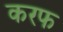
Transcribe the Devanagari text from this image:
करफ